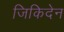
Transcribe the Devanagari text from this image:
जिकिदेन